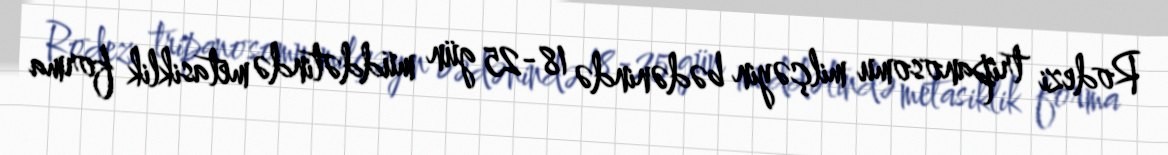
Rodezi tripanosomu milçəyin bədənində 18-25 gün müddətində metasiklik forma